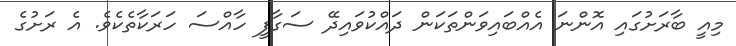
މިއީ ބާރަށުގައި އޮންނަ އެއްބައިވަންތަކަން ދައްކުވައިދޭ ސަގާފީ ހާއްސަ ހަރަކާތެކެވެ. އެ ރަށުގެ